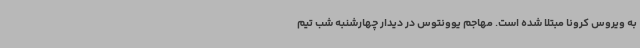
به ویروس کرونا مبتلا شده است. مهاجم یوونتوس در دیدار چهارشنبه شب تیم